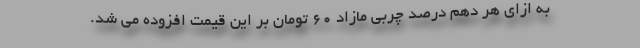
به ازای هر دهم درصد چربی مازاد ۶۰ تومان بر این قیمت افزوده می شد.